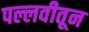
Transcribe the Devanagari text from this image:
पल्लवीतून